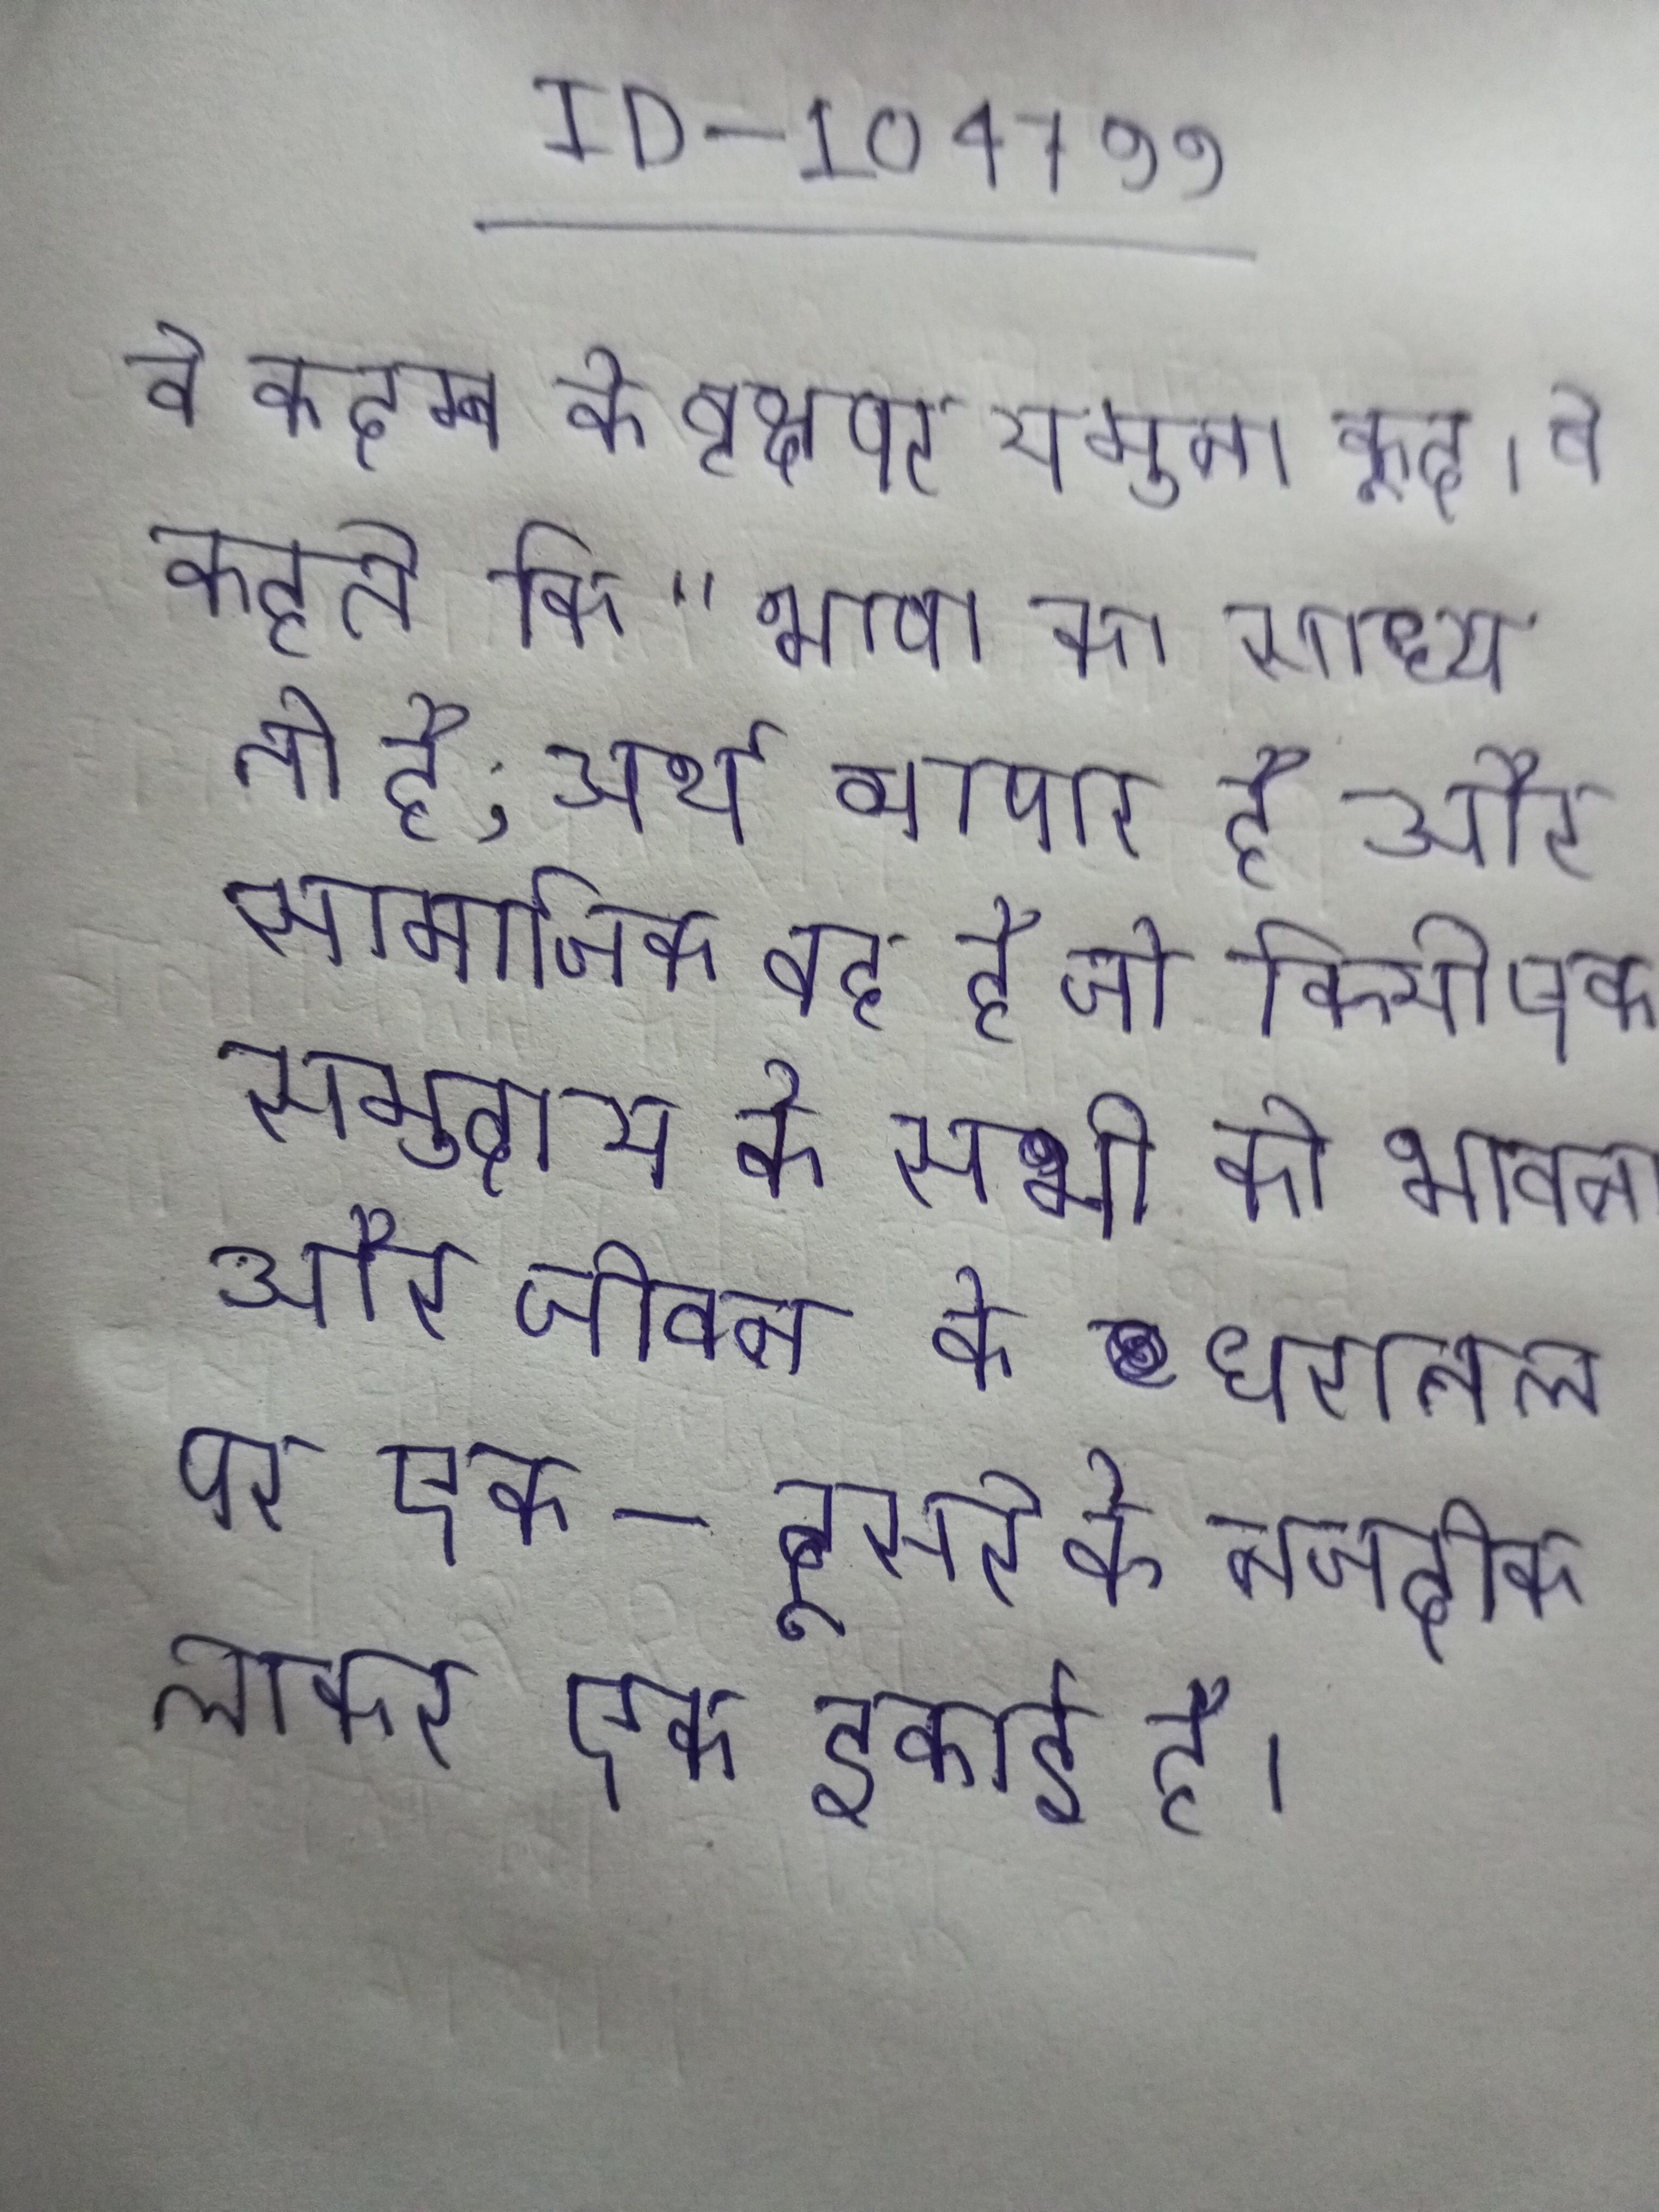
वे कदम्ब के वृक्ष पर यमुना कूद । वे कहते कि "भाषा का साध्य तो है, अर्थ व्यापार है और सामाजिक वह है जो किसी एक समुदाय के सभी को भावना, और जीवन के धरातल पर एक-दूसरे के नजदीक लाकर एक इकाई है ।